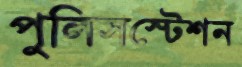
পুলিসস্টেশন